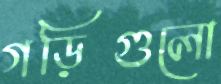
গড়িগুলো